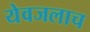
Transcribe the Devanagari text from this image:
येवजलाच